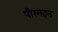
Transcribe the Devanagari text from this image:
पीरमहल